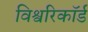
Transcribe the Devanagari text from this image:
विश्वरिकॉर्ड